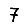
Digit: 7